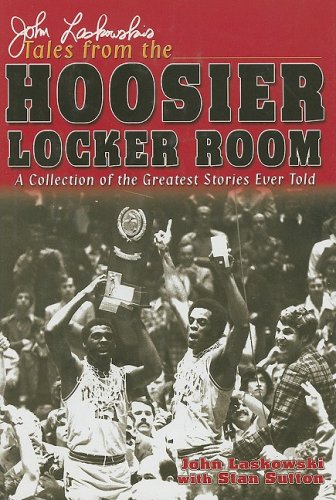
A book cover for John Laskowski's Tales from the Hoosier Locker Room; John Laskowski; Sports & Outdoors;